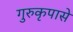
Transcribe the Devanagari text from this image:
गुरुकृपासे